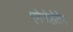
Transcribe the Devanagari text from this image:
एमेनोहोतेप